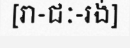
[រា-ជៈ-រង់]